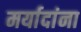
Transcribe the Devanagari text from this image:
मर्यादांना